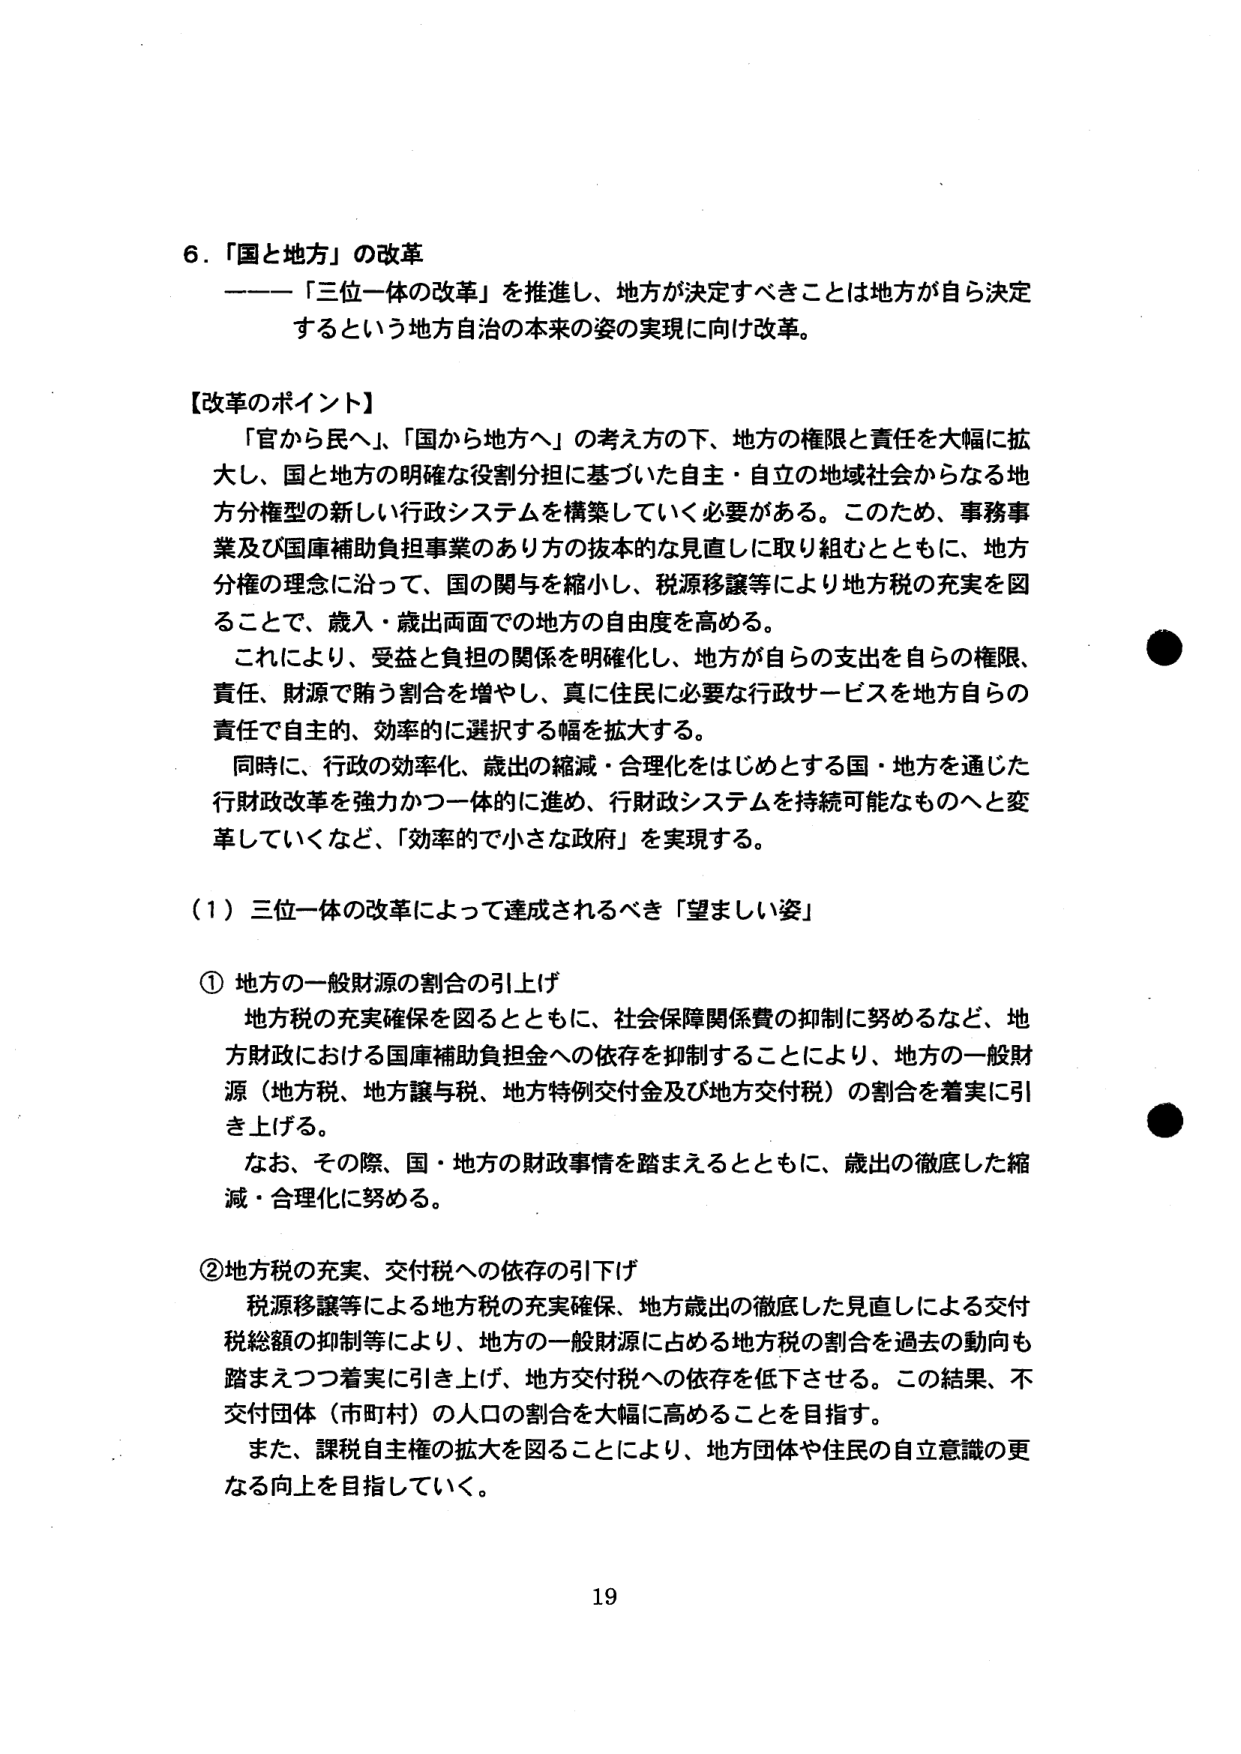
6．「国と地方」の改革
――「三位一体の改革」を推進し、地方が決定すべきことは地方が自ら決定するという地方自治の本来の姿の実現に向け改革。

【改革のポイント】
「官から民へ」、「国から地方へ」の考え方の下、地方の権限と責任を大幅に拡大し、国と地方の明確な役割分担に基づいた自主・自立の地域社会からなる地方分権型の新しい行政システムを構築していく必要がある。このため、事務事業及び国庫補助負担事業のあり方の抜本的な見直しに取り組むとともに、地方分権の理念に沿って、国の関与を縮小し、税源移譲等により地方税の充実を図ることで、歳入・歳出両面での地方の自由度を高める。
これにより、受益と負担の関係を明確化し、地方が自らの支出を自らの権限、責任、財源で賄う割合を増やし、真に住民に必要な行政サービスを地方自らの責任で自主的、効率的に選択する幅を拡大する。
同時に、行政の効率化、歳出の縮減・合理化をはじめとする国・地方を通じた行財政改革を強力かつ一体的に進め、行財政システムを持続可能なものへと変革していくなど、「効率的で小さな政府」を実現する。

（1）三位一体の改革によって達成されるべき「望ましい姿」

① 地方の一般財源の割合の引上げ
地方税の充実確保を図るとともに、社会保障関係費の抑制に努めるなど、地方財政における国庫補助負担金への依存を抑制することにより、地方の一般財源（地方税、地方譲与税、地方特例交付金及び地方交付税）の割合を着実に引き上げる。
なお、その際、国・地方の財政事情を踏まえるとともに、歳出の徹底した縮減・合理化に努める。

② 地方税の充実、交付税への依存の引下げ
税源移譲等による地方税の充実確保、地方歳出の徹底した見直しによる交付税総額の抑制等により、地方の一般財源に占める地方税の割合を過去の動向も踏まえつつ着実に引き上げ、地方交付税への依存を低下させる。この結果、不交付団体（市町村）の人口の割合を大幅に高めることを目指す。
また、課税自主権の拡大を図ることにより、地方団体や住民の自立意識の更なる向上を目指していく。

19